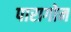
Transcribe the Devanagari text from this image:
पारागोन